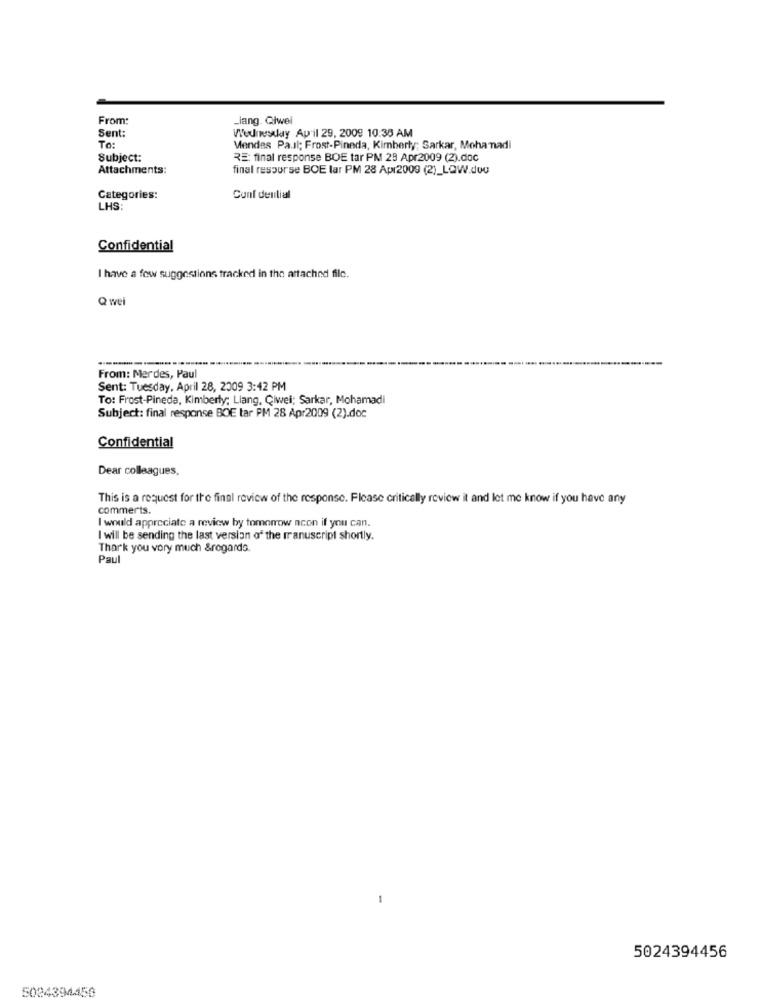
From:
_lang. Giwel
Sent:
Wednesday April 29, 2009 10:38 AM
To:
Mendes Pa.il; Frost-Pineda, Kimberly; Sarkar, Mohamadi
Subject:
RE: final response BOE tar PM 23 Apr2009 (2).doc
Attachments:
final respurse BOE lar PM 28 Apr2009 (2)_LOW.dou
Categories:
Conf dential
LHS:
Confidential
I have a few suggestions tracked in the attached file.
Q wei
From: Mer des, Paul
Sent: Tuesday, April 28, 2009 3:42 PM
To: Frost-Pineda, Kimberly; Liang, Ciwei; Sarkar, Mohamadi
Subject: final response BOE tar PM 28 Apr2009 (2).doc
Confidential
Dear colleagues,
This is a request for the final review of the response. Please critically review it and let me know if you have any
commerts.
I would appreciate a review by tomorrow acon if you can.
I will be sending the last version of the manuscript shortly.
Thank you very much &regards
Paul
-
5024394456
5024394450